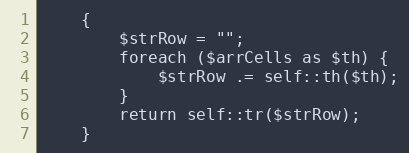
Language: PHP
    {
        $strRow = "";
        foreach ($arrCells as $th) {
            $strRow .= self::th($th);
        }
        return self::tr($strRow);
    }